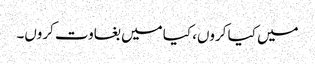
میں کیا کروں، کیا میں بغاوت کروں۔